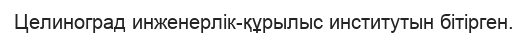
Целиноград инженерлік-құрылыс институтын бітірген.